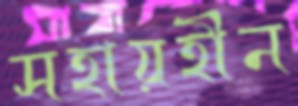
সহায়হীন